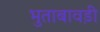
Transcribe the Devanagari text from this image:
भुताबावड़ी